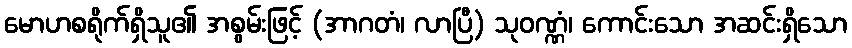
မောဟစရိုက်ရှိသူ၏ အစွမ်းဖြင့် (အာဂတံ၊ လာပြီ) သုဝဏ္ဏံ၊ ကောင်းသော အဆင်းရှိသော